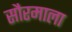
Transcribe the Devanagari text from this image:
सौरमाला